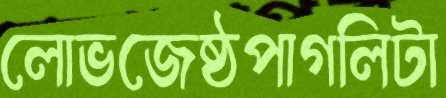
লোভজেষ্ঠপাগলিটা